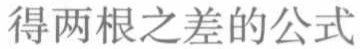
得两根之差的公式